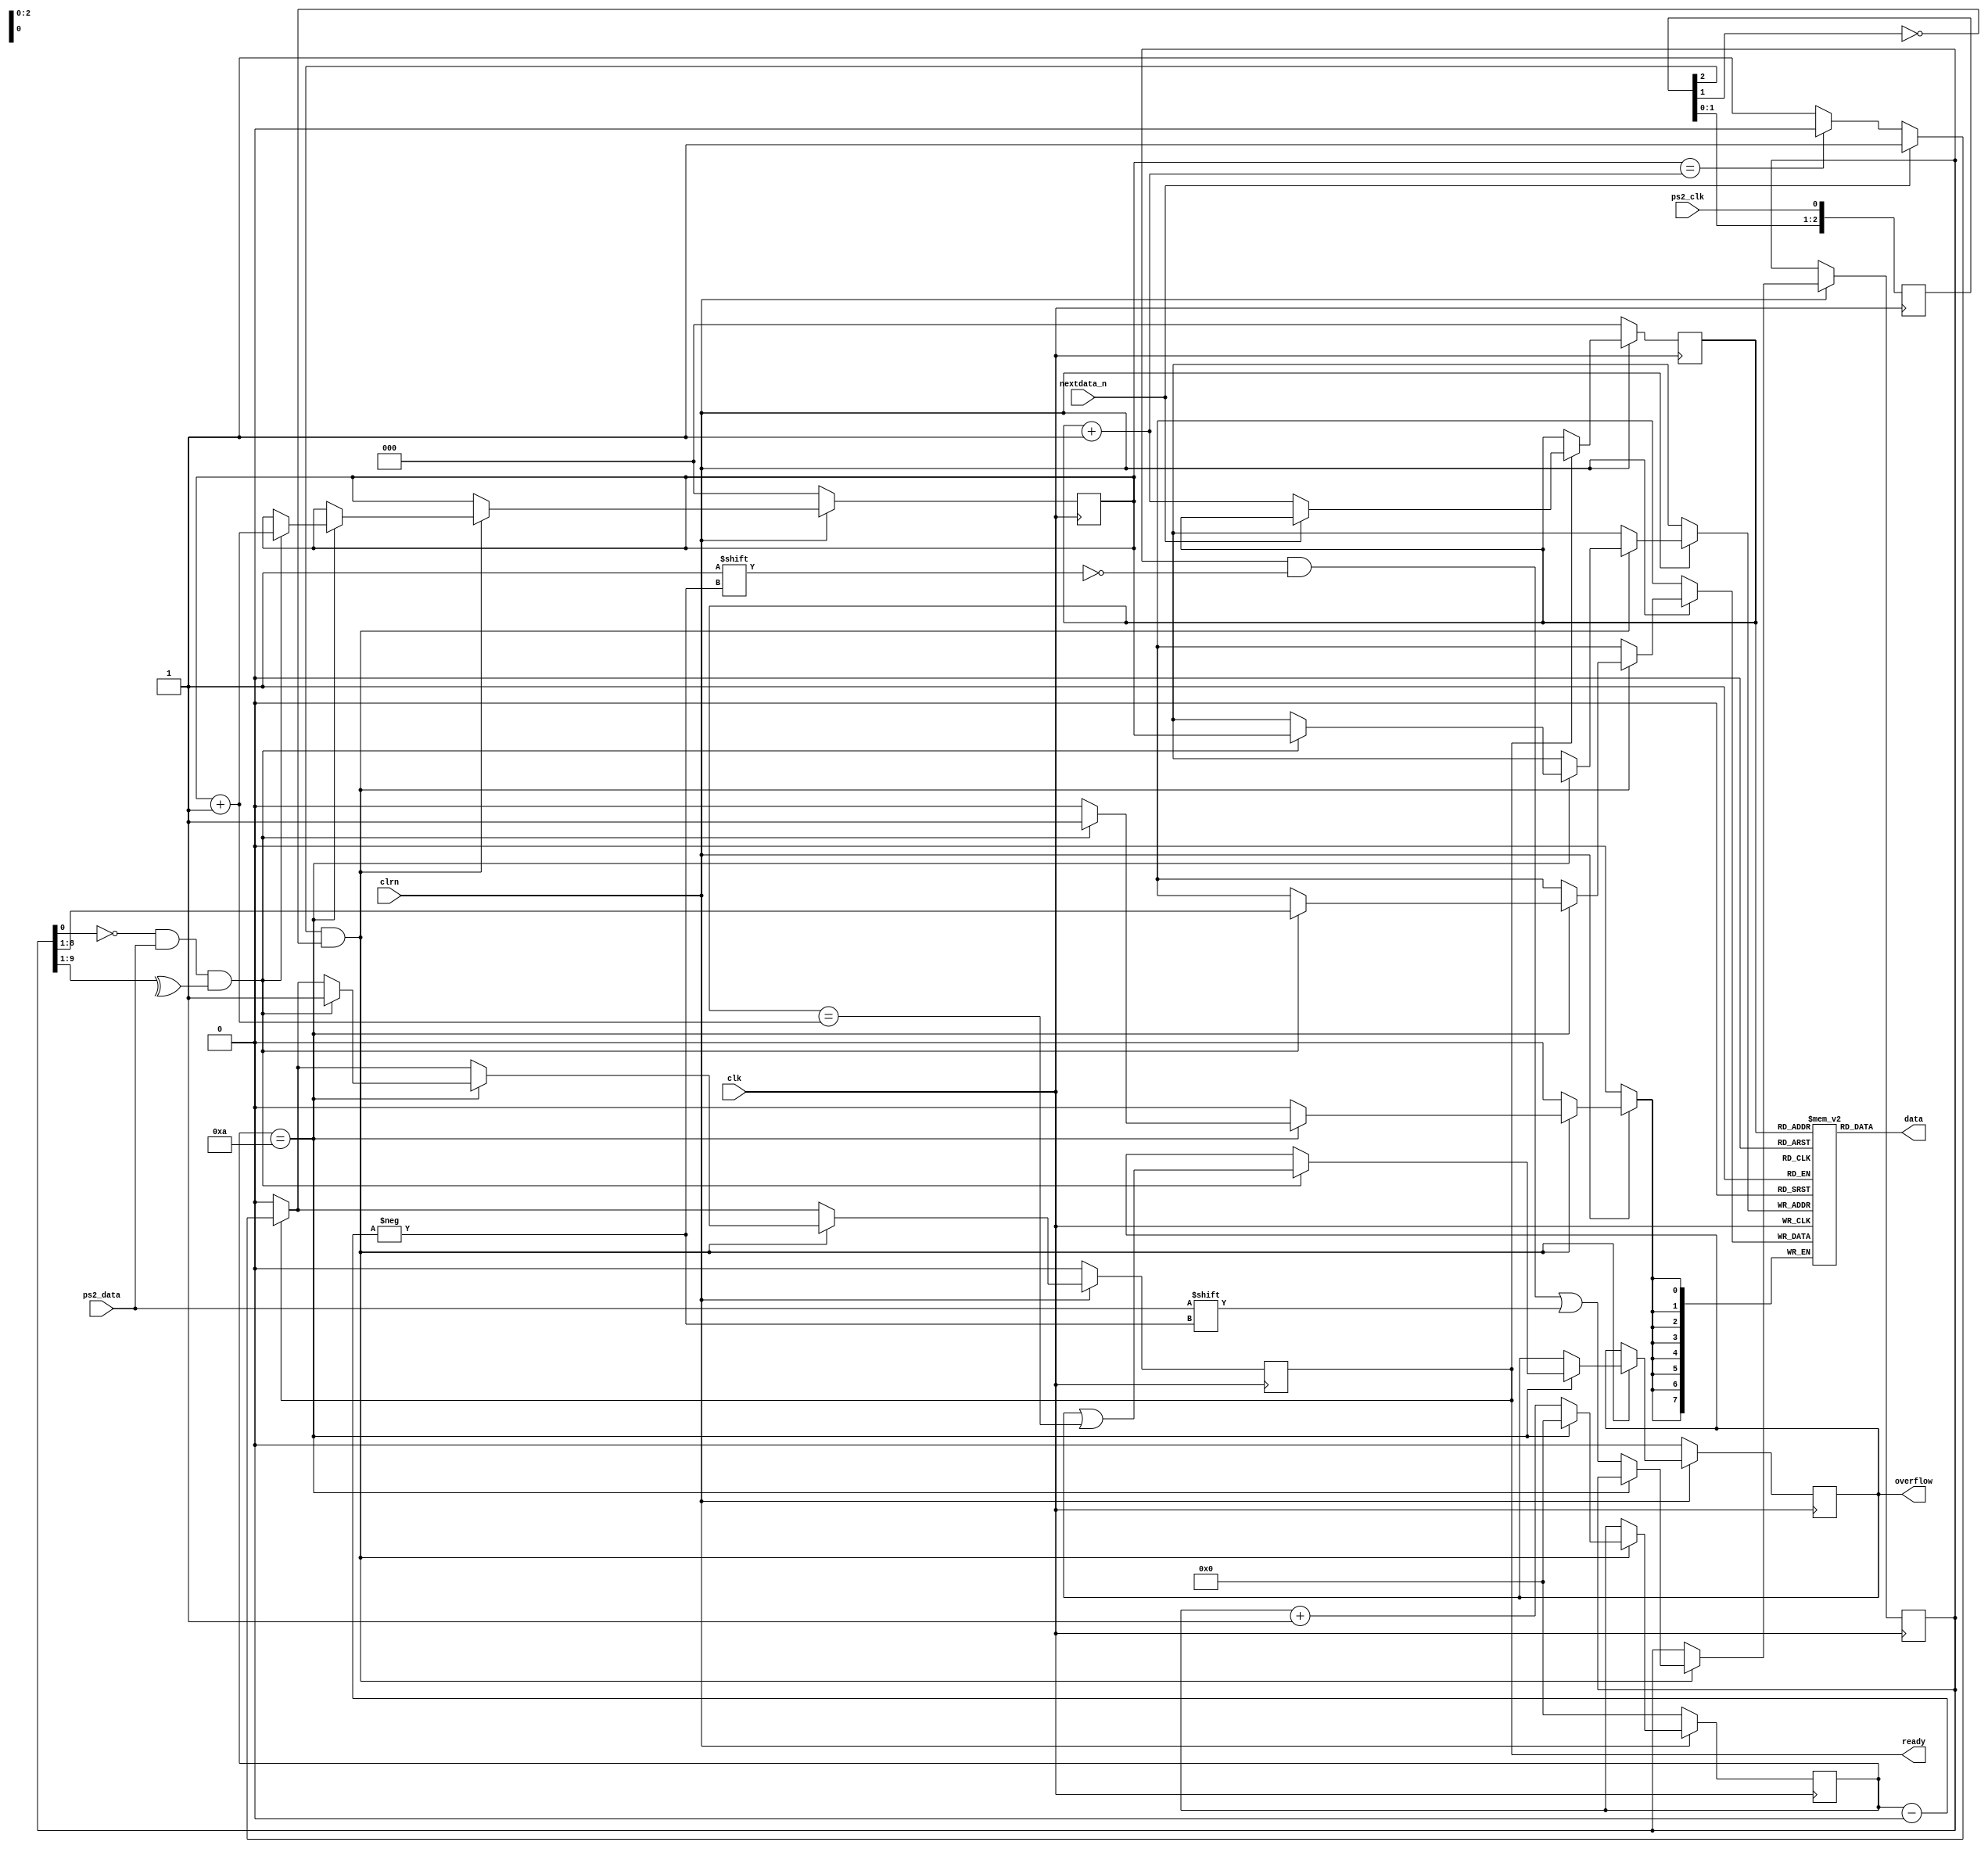
module ps2_keyboard(clk,clrn,ps2_clk,ps2_data,data,ready,nextdata_n,overflow);
	input clk,clrn,ps2_clk,ps2_data;
	input nextdata_n; 
	output [7:0] data; 
	output reg ready; 
	output reg overflow; // fifo overflow 
	// internal signal, for test 
	reg [9:0] buffer; // ps2_data bits 
	reg [7:0] fifo[7:0]; // data fifo
	reg [2:0] w_ptr,r_ptr; // fifo write and read pointers
	reg [3:0] count; // count ps2_data bits
	// detect falling edge of ps2_clk
	reg [2:0] ps2_clk_sync;
	
	always @(posedge clk) begin
		ps2_clk_sync <= {ps2_clk_sync[1:0],ps2_clk};
	end
	
	wire sampling = ps2_clk_sync[2] & ~ps2_clk_sync[1];
	
	always @(posedge clk) begin
		if (clrn == 0) begin // reset
			count <= 0; w_ptr <= 0; r_ptr <= 0; overflow <= 0; ready<= 0;
		end
		else begin
			if (ready) begin // read to output next data
				if(nextdata_n == 1'b0) //read next data
				begin
					r_ptr <= r_ptr + 3'b1;
					if(w_ptr==(r_ptr+1'b1)) //empty
						ready <= 1'b0;
				end
			end
			if (sampling) begin
				if (count == 4'd10) begin
					if ((buffer[0] == 0) && 	// start bit
						(ps2_data) 			&& 	// stop bit
						(^buffer[9:1])) begin 	// odd parity
						fifo[w_ptr] <= buffer[8:1]; // kbd scan code
						w_ptr <= w_ptr+3'b1;
						ready <= 1'b1;
						overflow <= overflow | (r_ptr == (w_ptr + 3'b1));
					end
					count <= 0; // for next
				end else begin
					buffer[count] <= ps2_data; // store ps2_data
					count <= count + 3'b1;
				end
			end
		end
	end
	assign data = fifo[r_ptr]; //always set output data
	
endmodule